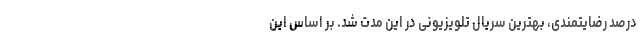
درصد رضایتمندی، بهترین سریال تلویزیونی در این مدت شد. بر اساس این